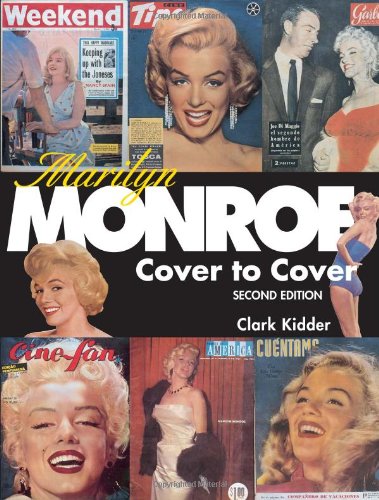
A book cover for Marilyn Monroe: Cover to Cover; Clark Kidder; Crafts, Hobbies & Home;